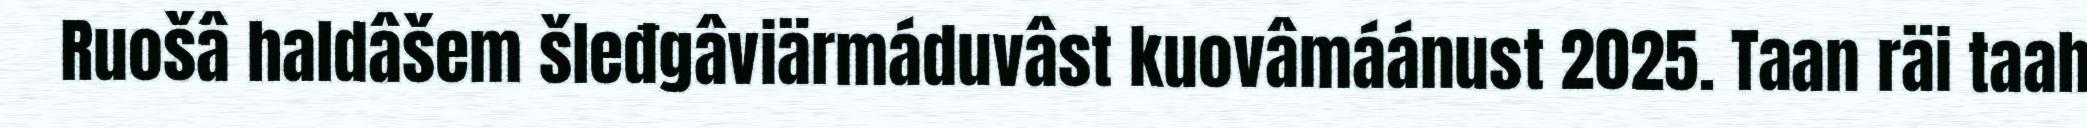
Ruošâ haldâšem šleđgâviärmáduvâst kuovâmáánust 2025. Taan räi taah